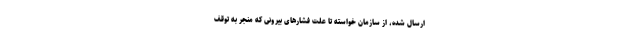
ارسال شده، از سازمان خواسته تا علت فشارهای بیرونی که منجر به توقف